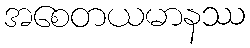
အစေတယမာနဿ